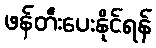
ဖန်တီးပေးနိုင်ရန်